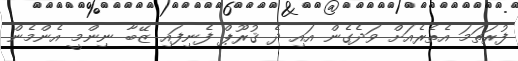
ފުރަތަމަ އެތެރެއަށް ވަދެގެން އައި ދެ ޤުރޫޕް ފެނިފައި ޒޭބާ ނިންމީ އެންމެން